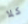
كلا